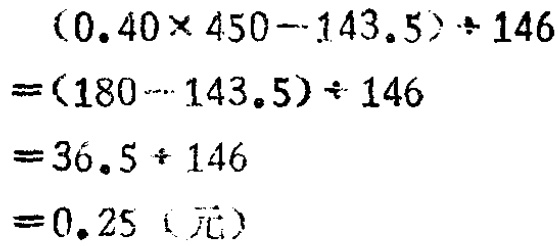
\[
\begin{align*}
&(0.40\times450 - 143.5)\div146\\
=&(180 - 143.5)\div146\\
=&36.5\div146\\
=&0.25（元）
\end{align*}
\]